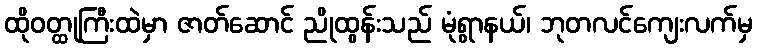
ထိုဝတ္ထုကြီးထဲမှာ ဇာတ်ဆောင် ညိုထွန်းသည် မုံရွာနယ်၊ ဘုတလင်ကျေးလက်မှ